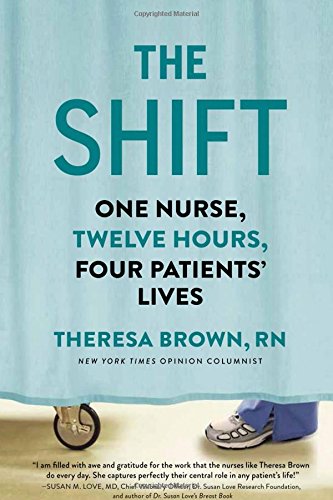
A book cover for The Shift: One Nurse, Twelve Hours, Four Patients' Lives; Theresa Brown; Medical Books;